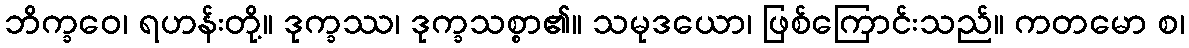
ဘိက္ခဝေ၊ ရဟန်းတို့။ ဒုက္ခဿ၊ ဒုက္ခသစ္စာ၏။ သမုဒယော၊ ဖြစ်ကြောင်းသည်။ ကတမော စ၊